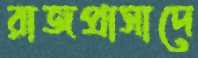
রাজপ্রাসাদে